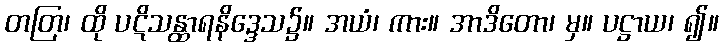
တတြ၊ ထို ပဋိသန္ထာရနိဒ္ဒေသ၌။ အယံ၊ ကား။ အာဒိတော၊ မှ။ ပဋ္ဌာယ၊ ၍။